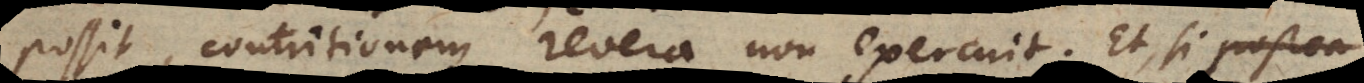
possit, contritionem revera non exercuit. Et, si